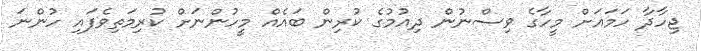
ޖިހާދާ ހަމައަށް މީހާގެ ވިސްނުން ދިއުމުގެ ކުރިން ބައެއް މީހުންނަށް ކުރިމަތިވެފައި ހުންނަ